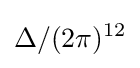
\Delta /(2\pi )^{12}